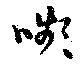
顰